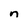
Character: n